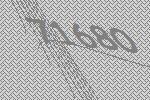
71680